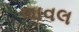
લાવલ